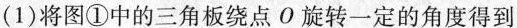
(1)将图①中的三角板绕点O旋转一定的角度得到